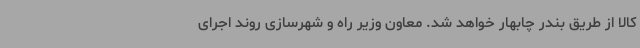
کالا از طریق بندر چابهار خواهد شد. معاون وزیر راه و شهرسازی روند اجرای